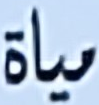
مياة